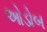
ઓડોબ